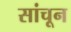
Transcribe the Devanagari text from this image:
सांचून